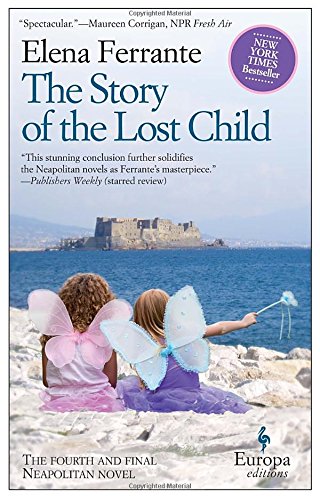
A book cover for The Story of the Lost Child: Neapolitan Novels, Book Four; Elena Ferrante; Literature & Fiction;